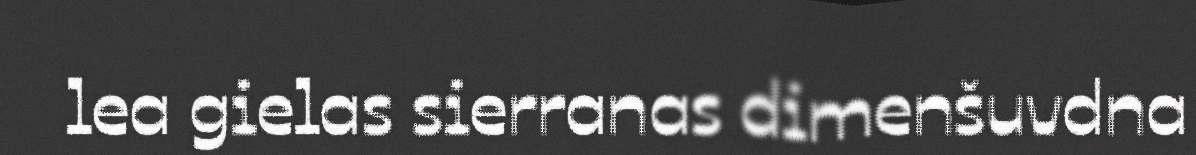
lea gielas sierranas dimenšuvdna